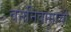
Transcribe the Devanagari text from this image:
वननिवासाची